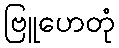
ဗြူဟေတုံ